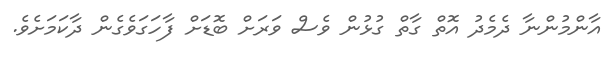
އާންމުންނާ ދެމެދު އޮތް ގާތް ގުޅުން ވެސް ވަރަށް ބޮޑަށް ފާހަގަވެގެން ދާކަމަށެވެ.